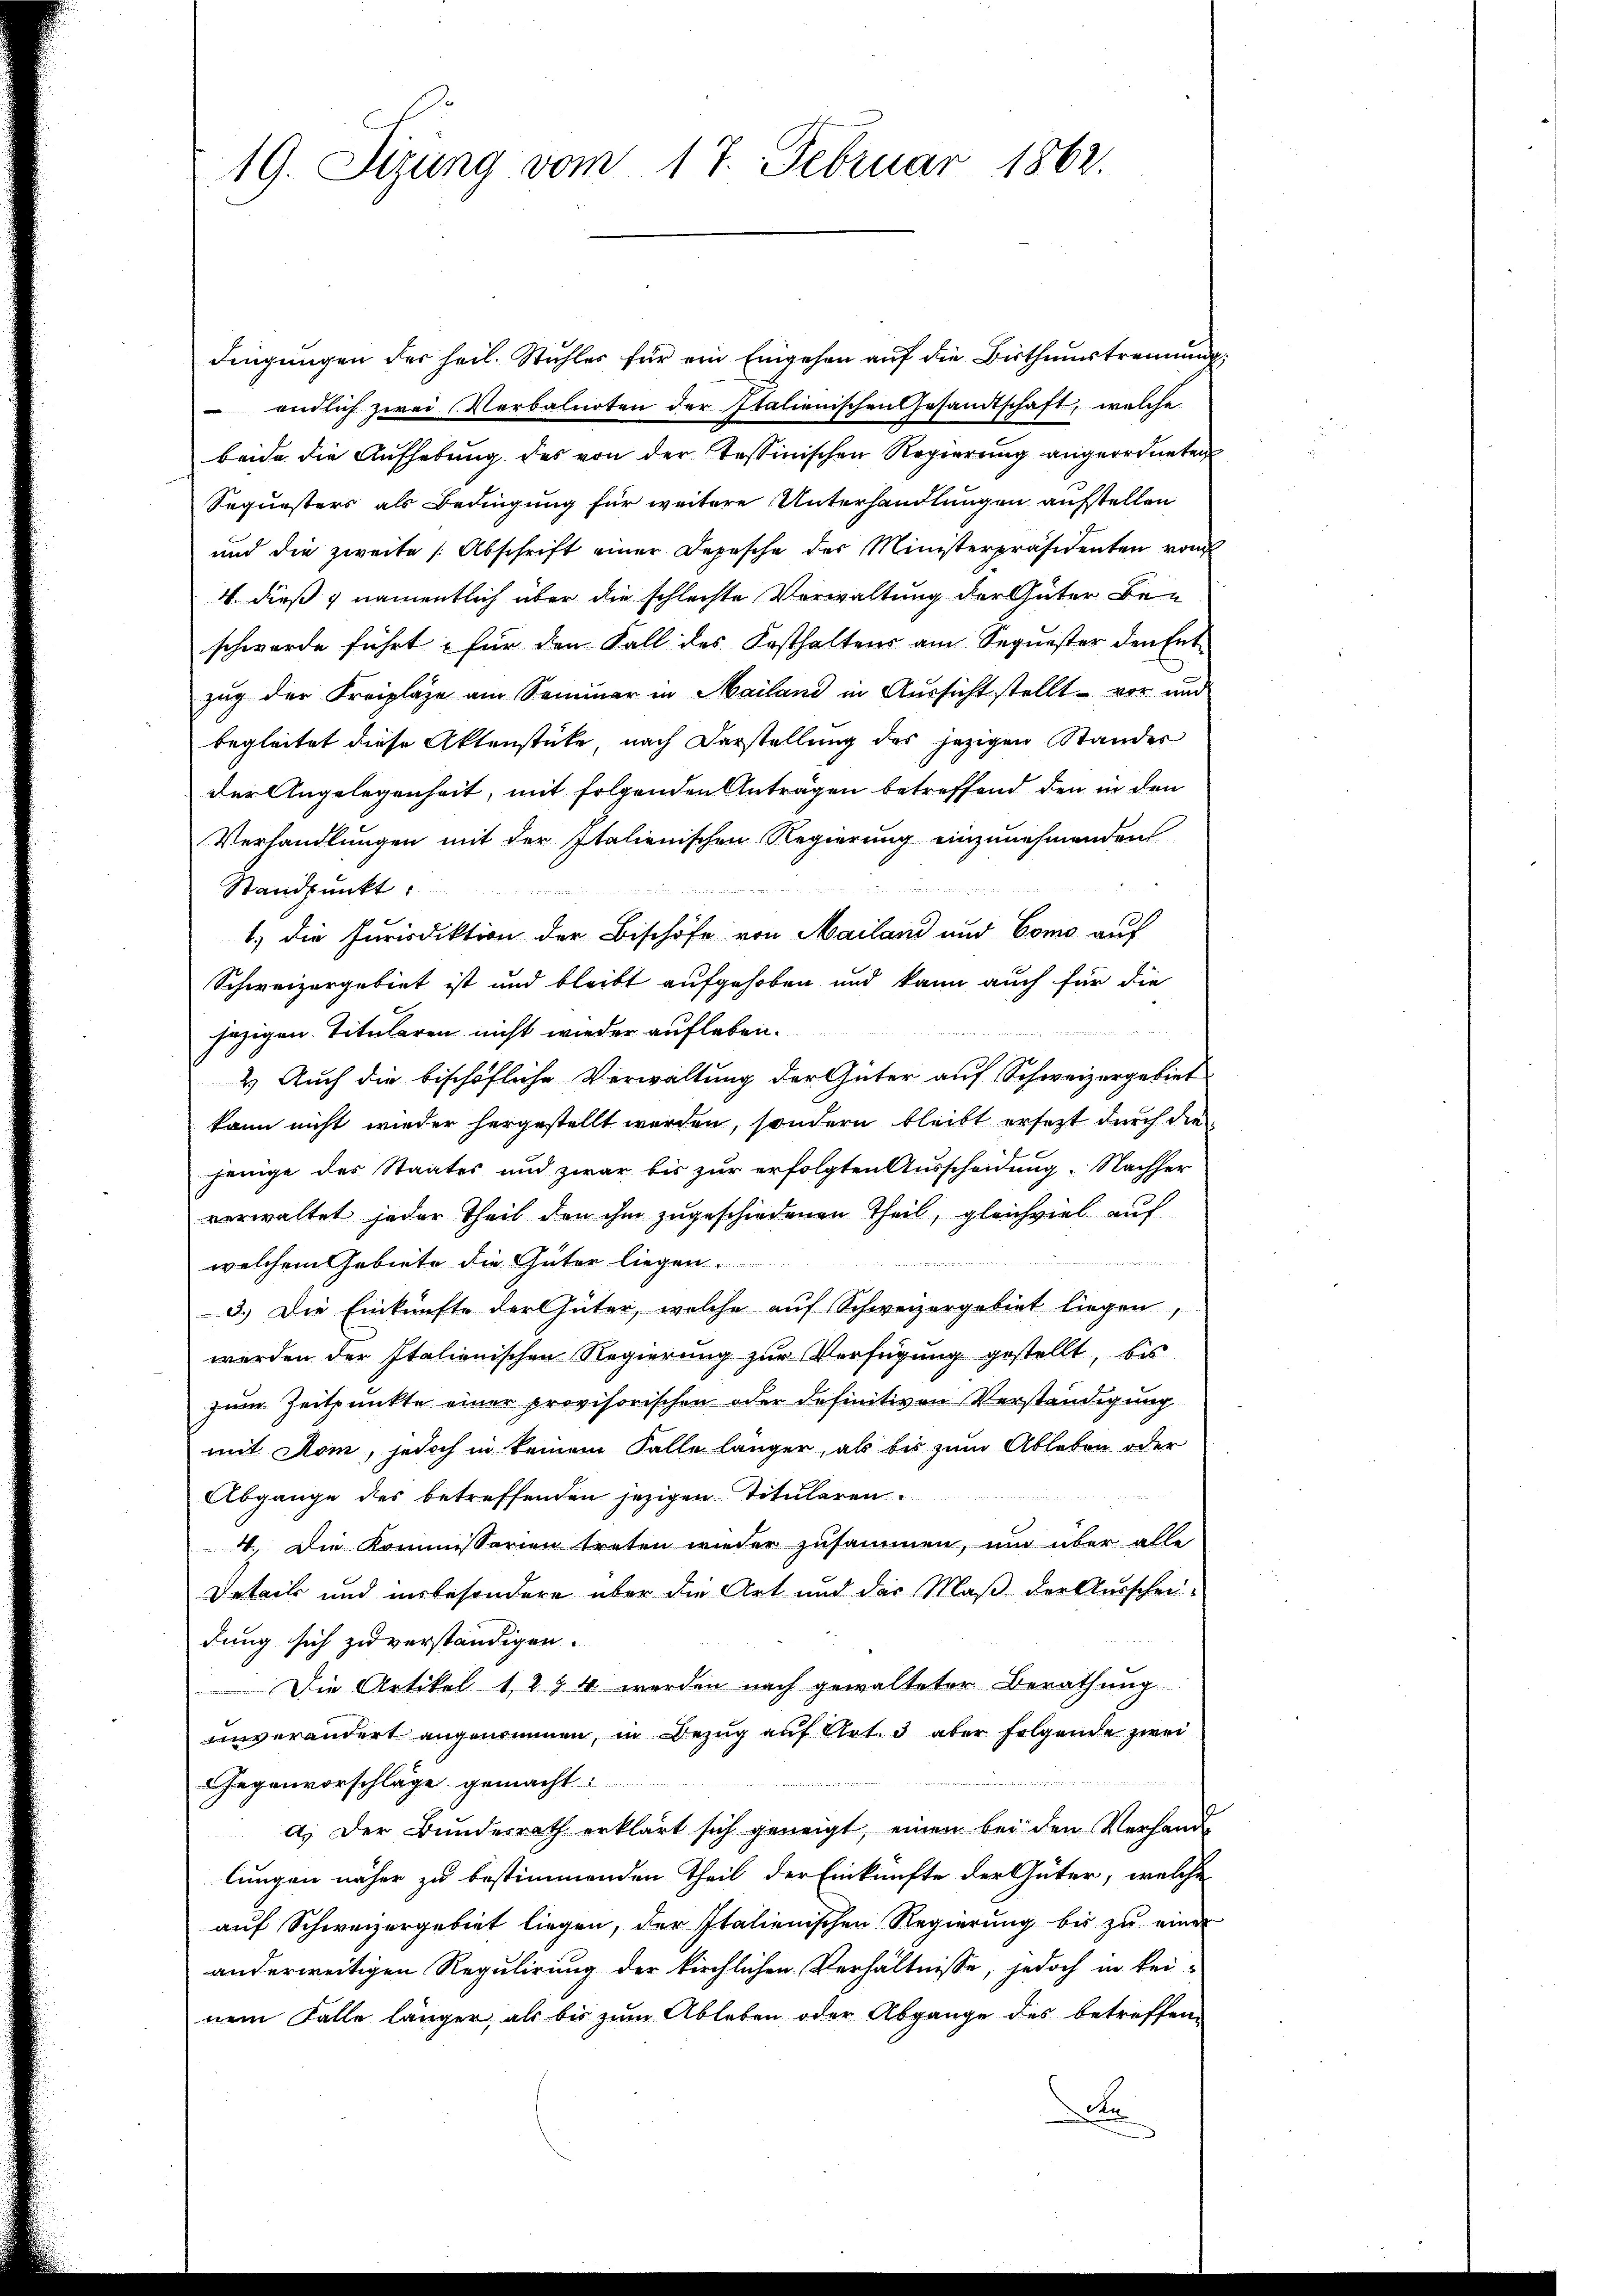
19. Sizung vom 17. Februar 1862.

dingungen der heil. Stuhles für ein Eingehen auf die Bisthumsstremunds¬
 endlich zwei Verbalnoten der Italienischen Gesandtschaft, welche
beide die Aŭfhebŭng des von der Tessinischen Regierŭng angeordneten
Sequesters als Bedingung für weitere Unterhandlungen aufstellen
und die zweite (Abschrift einer Depesche der Ministerpräsidenten vom
4. dieß, namentlich über die schlechte Verwaltung der Güter Be-
schwerde führt, für den Fall des Kosthaltens am Sequester den Ent-
zug der Kreipläge am Seminar in Mailand in Aussicht stellt vor und
begleitet diese Aktenstücke, nach Darstellung des jezigen Standes
der Angelegenheit, mit folgenden Anträgen betreffend den in den
Verhandlungen mit der Italienischen Regierung einzunehmenden
Standpunkt
1.) Die Jurisdiktion der Bischöfe von Mailand und Como auf
Schweizergebiet ist und bleibt aufgehoben und kann auch für die
jezigen Titularen nicht wieder aufleben.
2) Auch die bischöfliche Verwaltung der Güter auf Schweizergebiet
kann nicht wieder hergestellt worden, sondern bleibt ersetzt durch die
jenige des Staates und zwar bis zur erfolgten Ausscheidung. Nachher
verwaltet jeder Theil den ihm zugeschiedenen Theil, gleichviel auf
enunter
welchem Gebiete die Güter liegen.
3.) Die Einkünfte der Güter, welche auf Schweizergebiet liegen,
werden der Italienischen Regierung zur Verfügung gestellt, bis
zum Zeitpunkte einer provisorischen oder definitiven Verständigung
mit Rom, jedoch in keinem Falle länger, als bis zum Ableben oder
Abgange des betreffenden jezigen Titularen
4. Die Kommissarien treten wieder zusammen, und über alle
Detail und unbesondere über die Art und der Maß der Ausschei-
dung sich zu verständigen.
Die Artikel 12 & 4 werden nach gewalteter Berathung
unverändert angenommen, in Bezug auf Art. 3 aber folgende zwei
Gegenvorschläge gemacht:
a.) Der Bundesrath erklärt sich geneigt, einen bei den Verhande
lungen näher zu bestimmenden Theil der Einkünfte der Güter, welche
auf Schweizergebiet liegen, der Italienischen Regierung bis zu einer
anderweitigen Regulirung der kirchlichen Verhältnisse, jedoch in kei-
nem Falle länger, als bis zum Ableben oder Abgange des betreffen
Der